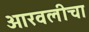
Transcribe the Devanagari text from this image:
आरवलीचा